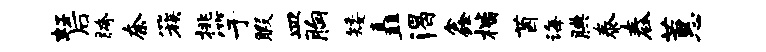
虹后胯奈簇挑竽暇皿胸矮矗渴鑫楷茵诲腆泰舂蕙